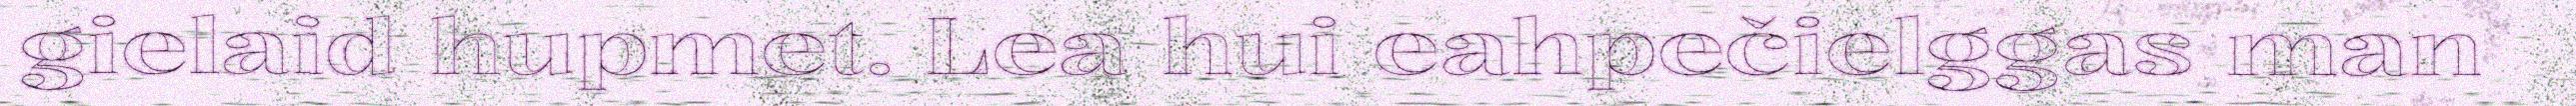
gielaid hupmet. Lea hui eahpečielggas man